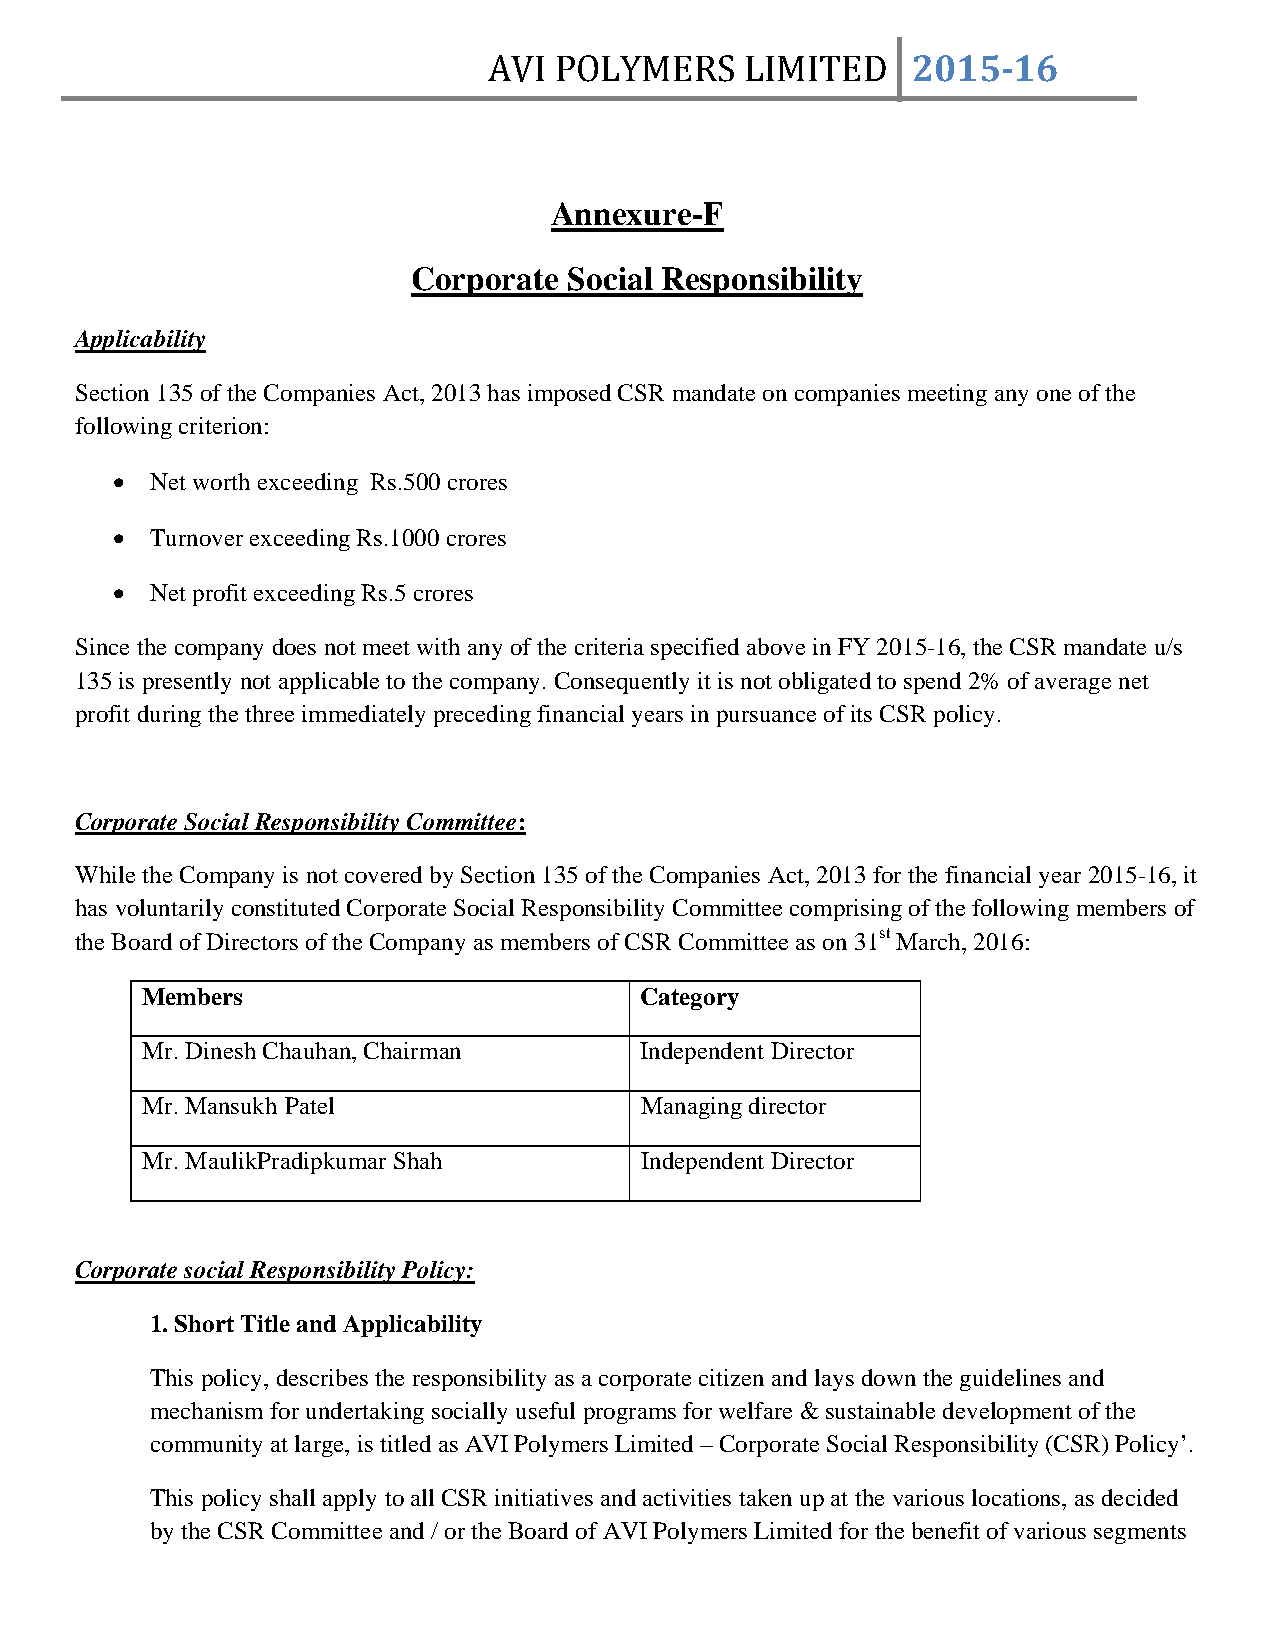
AVI  POLYMERS    LIMITED    2015­16
 Annexure-F
 Corporate  Social Responsibility
 Applicability
 Section 135 of the Companies Act, 2013 has imposed CSR mandate on companies meeting any one of the
 following criterion:
 •  Net worth exceeding Rs.500 crores
 •  Turnover exceeding Rs.1000 crores
 •  Net profit exceeding Rs.5 crores
 Since the company does not meet with any of the criteria specified above in FY 2015-16, the CSR mandate u/s
 135 is presently not applicable to the company. Consequently it is not obligated to spend 2% of average net
 profit during the three immediately preceding financial years in pursuance of its CSR policy.
 Corporate Social Responsibility Committee:
 While the Company is not covered by Section 135 of the Companies Act, 2013 for the financial year 2015-16, it
 has voluntarily constituted Corporate Social Responsibility Committee comprising of the following members of
 the Board of Directors of the Company as members of CSR Committee as on 31st March, 2016:
 Members                          Category
 Mr. Dinesh Chauhan, Chairman     Independent Director
 Mr. Mansukh Patel                Managing director
 Mr. MaulikPradipkumar Shah       Independent Director
 Corporate social Responsibility Policy:
 1. Short Title and Applicability
 This policy, describes the responsibility as a corporate citizen and lays down the guidelines and
 mechanism for undertaking socially useful programs for welfare & sustainable development of the
 community at large, is titled as AVI Polymers Limited – Corporate Social Responsibility (CSR) Policy’.
 This policy shall apply to all CSR initiatives and activities taken up at the various locations, as decided
 by the CSR Committee and / or the Board of AVI Polymers Limited for the benefit of various segments